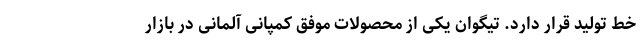
خط تولید قرار دارد. تیگوان یکی از محصولات موفق کمپانی آلمانی در بازار